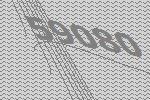
59080